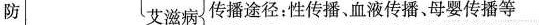
防 艾滋病传播途径：性传播、血液传播、母婴传播等